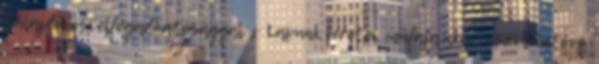
tulajdonosi elfogadhatósággal. ·· Lapunk keretei, műfaja nem teszi lehetővé,